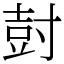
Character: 尌